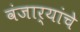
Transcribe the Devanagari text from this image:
वंजार्यांचे